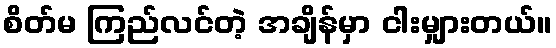
စိတ်မ ကြည်လင်တဲ့ အချိန်မှာ ငါးမျှားတယ်။